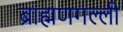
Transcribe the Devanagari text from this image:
ब्राह्मणगल्ली